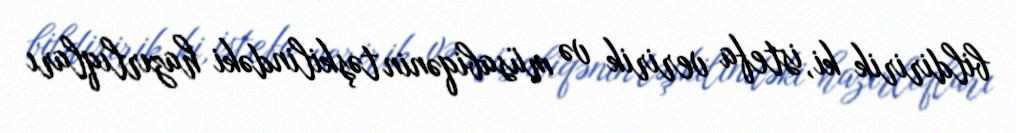
bildiririk ki, istefa veririk və müsabiqənin təşkilindəki hazırlıqları